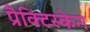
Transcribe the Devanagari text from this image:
प्रैक्टिस्केन